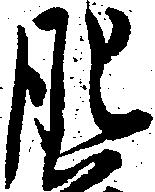
肥